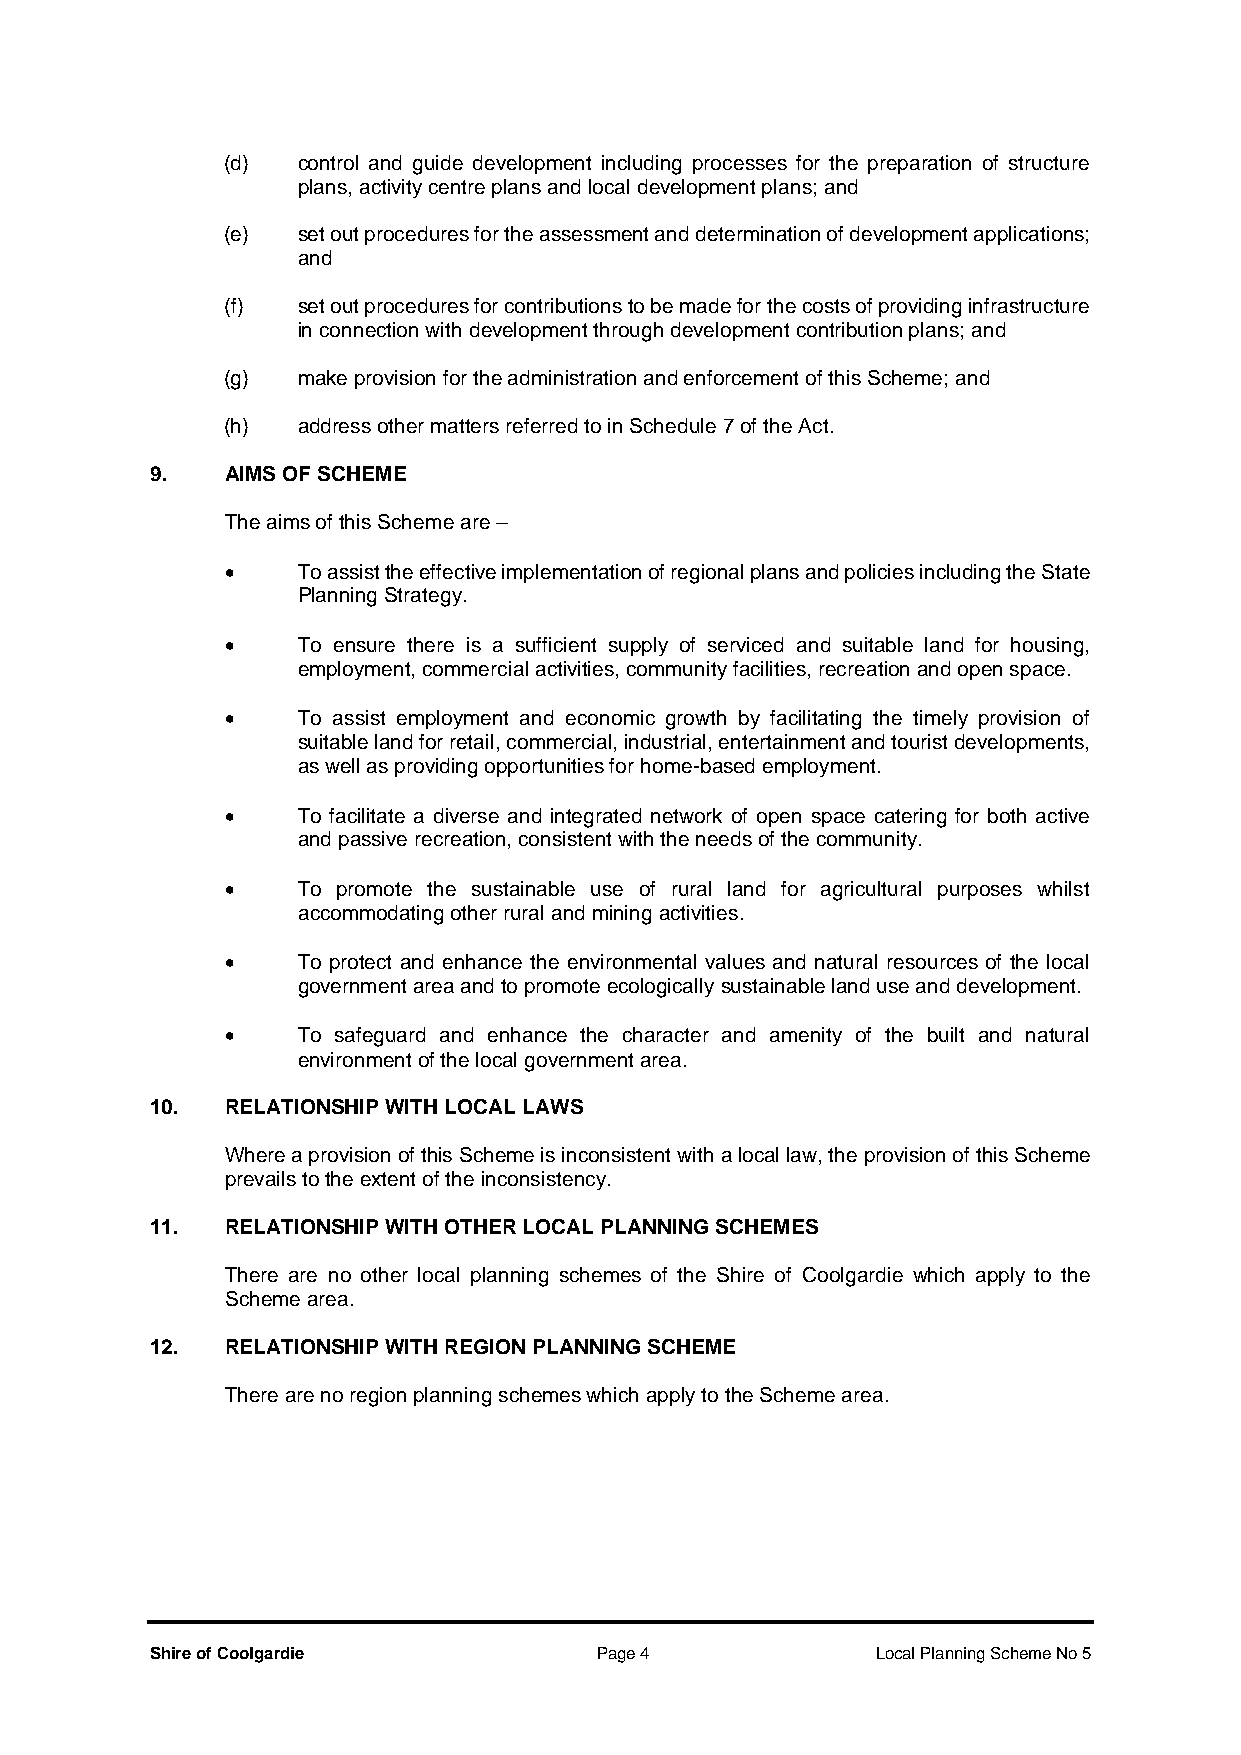
(d)  control and guide development including processes for the preparation of structure
 plans, activity centre plans and local development plans; and
 (e)  set out procedures for the assessment and determination of development applications;
 and
 (f)  set out procedures for contributions to be made for the costs of providing infrastructure
 in connection with development through development contribution plans; and
 (g)  make provision for the administration and enforcement of this Scheme; and
 (h)  address other matters referred to in Schedule 7 of the Act.
 9.   AIMS OF SCHEME
 The aims of this Scheme are –
 •    To assist the effective implementation of regional plans and policies including the State
 Planning Strategy.
 •    To ensure there is a sufficient supply of serviced and suitable land for housing,
 employment, commercial activities, community facilities, recreation and open space.
 •    To assist employment and economic growth by facilitating the timely provision of
 suitable land for retail, commercial, industrial, entertainment and tourist developments,
 as well as providing opportunities for home-based employment.
 •    To facilitate a diverse and integrated network of open space catering for both active
 and passive recreation, consistent with the needs of the community.
 •    To promote the sustainable use of rural land for agricultural purposes whilst
 accommodating other rural and mining activities.
 •    To protect and enhance the environmental values and natural resources of the local
 government area and to promote ecologically sustainable land use and development.
 •    To safeguard and enhance the character and amenity of the built and natural
 environment of the local government area.
 10.  RELATIONSHIP WITH LOCAL LAWS
 Where a provision of this Scheme is inconsistent with a local law, the provision of this Scheme
 prevails to the extent of the inconsistency.
 11.  RELATIONSHIP WITH OTHER LOCAL PLANNING SCHEMES
 There are no other local planning schemes of the Shire of Coolgardie which apply to the
 Scheme area.
 12.  RELATIONSHIP WITH REGION PLANNING SCHEME
 There are no region planning schemes which apply to the Scheme area.
 Shire of Coolgardie          Page 4             Local Planning Scheme No 5